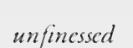
unfinessed